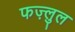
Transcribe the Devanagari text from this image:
फज़्लुल